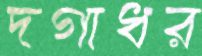
দগাধর